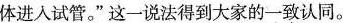
体进入试管。”这一说法得到大家的一致认同。